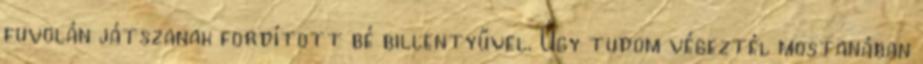
fuvolán játszanak fordított bé billentyűvel. Úgy tudom végeztél mostanában